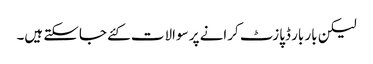
لیکن بار بار ڈپازٹ کرانے پر سوالات کئے جاسکتے ہیں۔